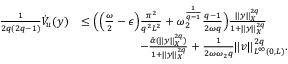
\begin{array} { r l } { \frac { 1 } { 2 q ( 2 q - 1 ) } \dot { V } _ { u } ( y ) } & { \leq \Big ( \Big ( \frac { \omega } { 2 } - \epsilon \Big ) \frac { \pi ^ { 2 } } { q ^ { 2 } L ^ { 2 } } + \omega _ { 2 } ^ { \frac { 1 } { q - 1 } } \frac { q - 1 } { 2 \omega q } \Big ) \frac { \| y \| _ { X } ^ { 2 q } } { 1 + \| y \| _ { X } ^ { 2 q } } } \\ & { \quad \qquad \qquad - \frac { \hat { \alpha } ( \| y \| _ { X } ^ { 2 q } ) } { 1 + \| y \| _ { X } ^ { 2 q } } + \frac { 1 } { 2 \omega \omega _ { 2 } q } \| v \| _ { L ^ { \infty } ( 0 , L ) } ^ { 2 q } . } \end{array}